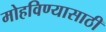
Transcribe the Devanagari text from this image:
मोहविण्यासाठी